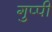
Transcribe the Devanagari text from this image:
गुप्पी